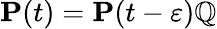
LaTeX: \mathbf{P}(t)=\mathbf{P}(t-\varepsilon)\mathbb{Q}